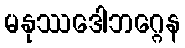
မနုဿဒေါဘဂ္ဂေန